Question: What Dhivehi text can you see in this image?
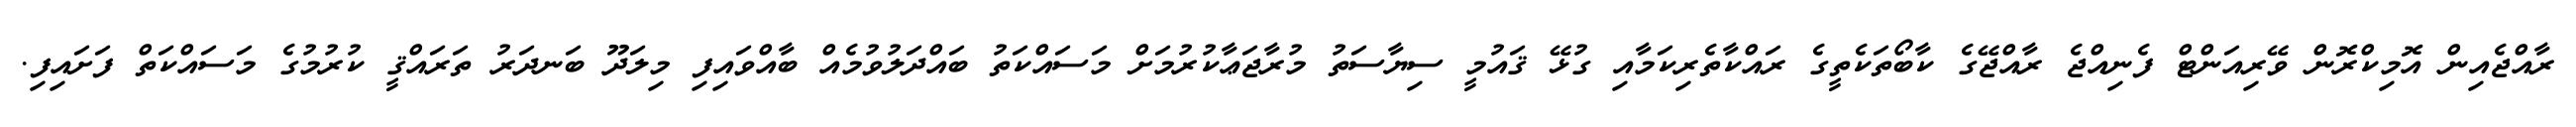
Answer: ރާއްޖެއިން އޮމިކްރޮން ވޭރިއަންޓް ފެނިއްޖެ ރާއްޖޭގެ ކާބޯތަކެތީގެ ރައްކާތެރިކަމާއި ގުޅޭ ޤައުމީ ސިޔާސަތު މުރާޖަޢާކުރުމަށް މަސައްކަތު ބައްދަލުވުމެއް ބާއްވައިފި މިލަދޫ ބަނދަރު ތަރައްޤީ ކުރުމުގެ މަސައްކަތް ފަށައިފި.